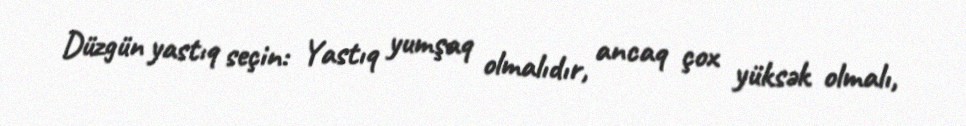
Düzgün yastıq seçin: Yastıq yumşaq olmalıdır, ancaq çox yüksək olmalı,